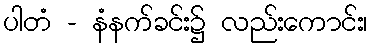
ပါတံ - နံနက်ခင်း၌ လည်းကောင်း၊